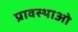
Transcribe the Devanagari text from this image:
प्रावस्थाओ